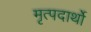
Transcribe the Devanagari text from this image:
मृत्पदार्थो